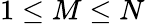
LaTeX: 1\le M\leq N